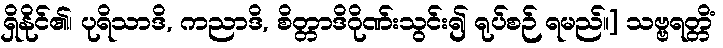
ရှိနိုင်၏၊ ပုရိသာဒိ, ကညာဒိ, စိတ္တာဒိဂိုဏ်းသွင်း၍ ရုပ်စဉ် ရမည်။] သဗ္ဗရတ္တိံ